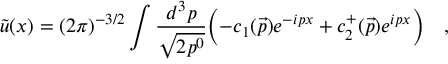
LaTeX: \tilde { u } ( x ) = ( 2 \pi ) ^ { - 3 / 2 } \int \frac { d ^ { 3 } p } { \sqrt { 2 p ^ { 0 } } } \Bigl ( - c _ { 1 } ( \vec { p } ) e ^ { - i p x } + c _ { 2 } ^ { + } ( \vec { p } ) e ^ { i p x } \Bigl ) \quad ,